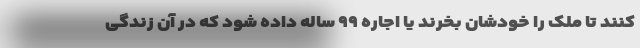
کنند تا ملک را خودشان بخرند یا اجاره ۹۹ ساله داده شود که در آن زندگی